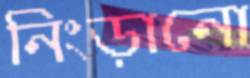
নিংড়ানো